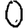
Digit: 0